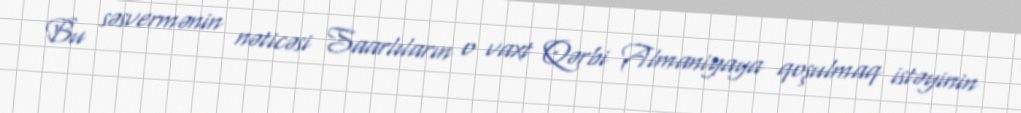
Bu səsvermənin nəticəsi Saarlıların o vaxt Qərbi Almaniyaya qoşulmaq istəyinin